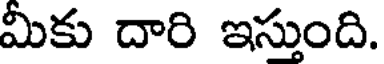
మీకు దారి ఇస్తుంది.